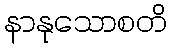
နာနုသောစတိ